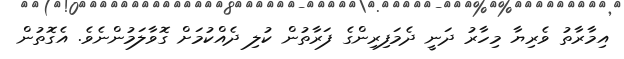
އިމާރާތު ވެރިޔާ މިހާރު ދަނީ ދެމަފިރިންގެ ފަރާތުން ކުލި ދެއްކުމަށް ގޮވާލަމުންނެވެ. އެގޮތުން